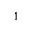
^ 1